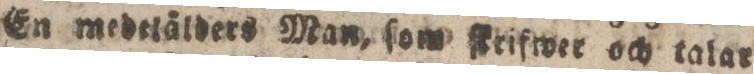
En medetälders Man, ſom ſkrifwer och talar